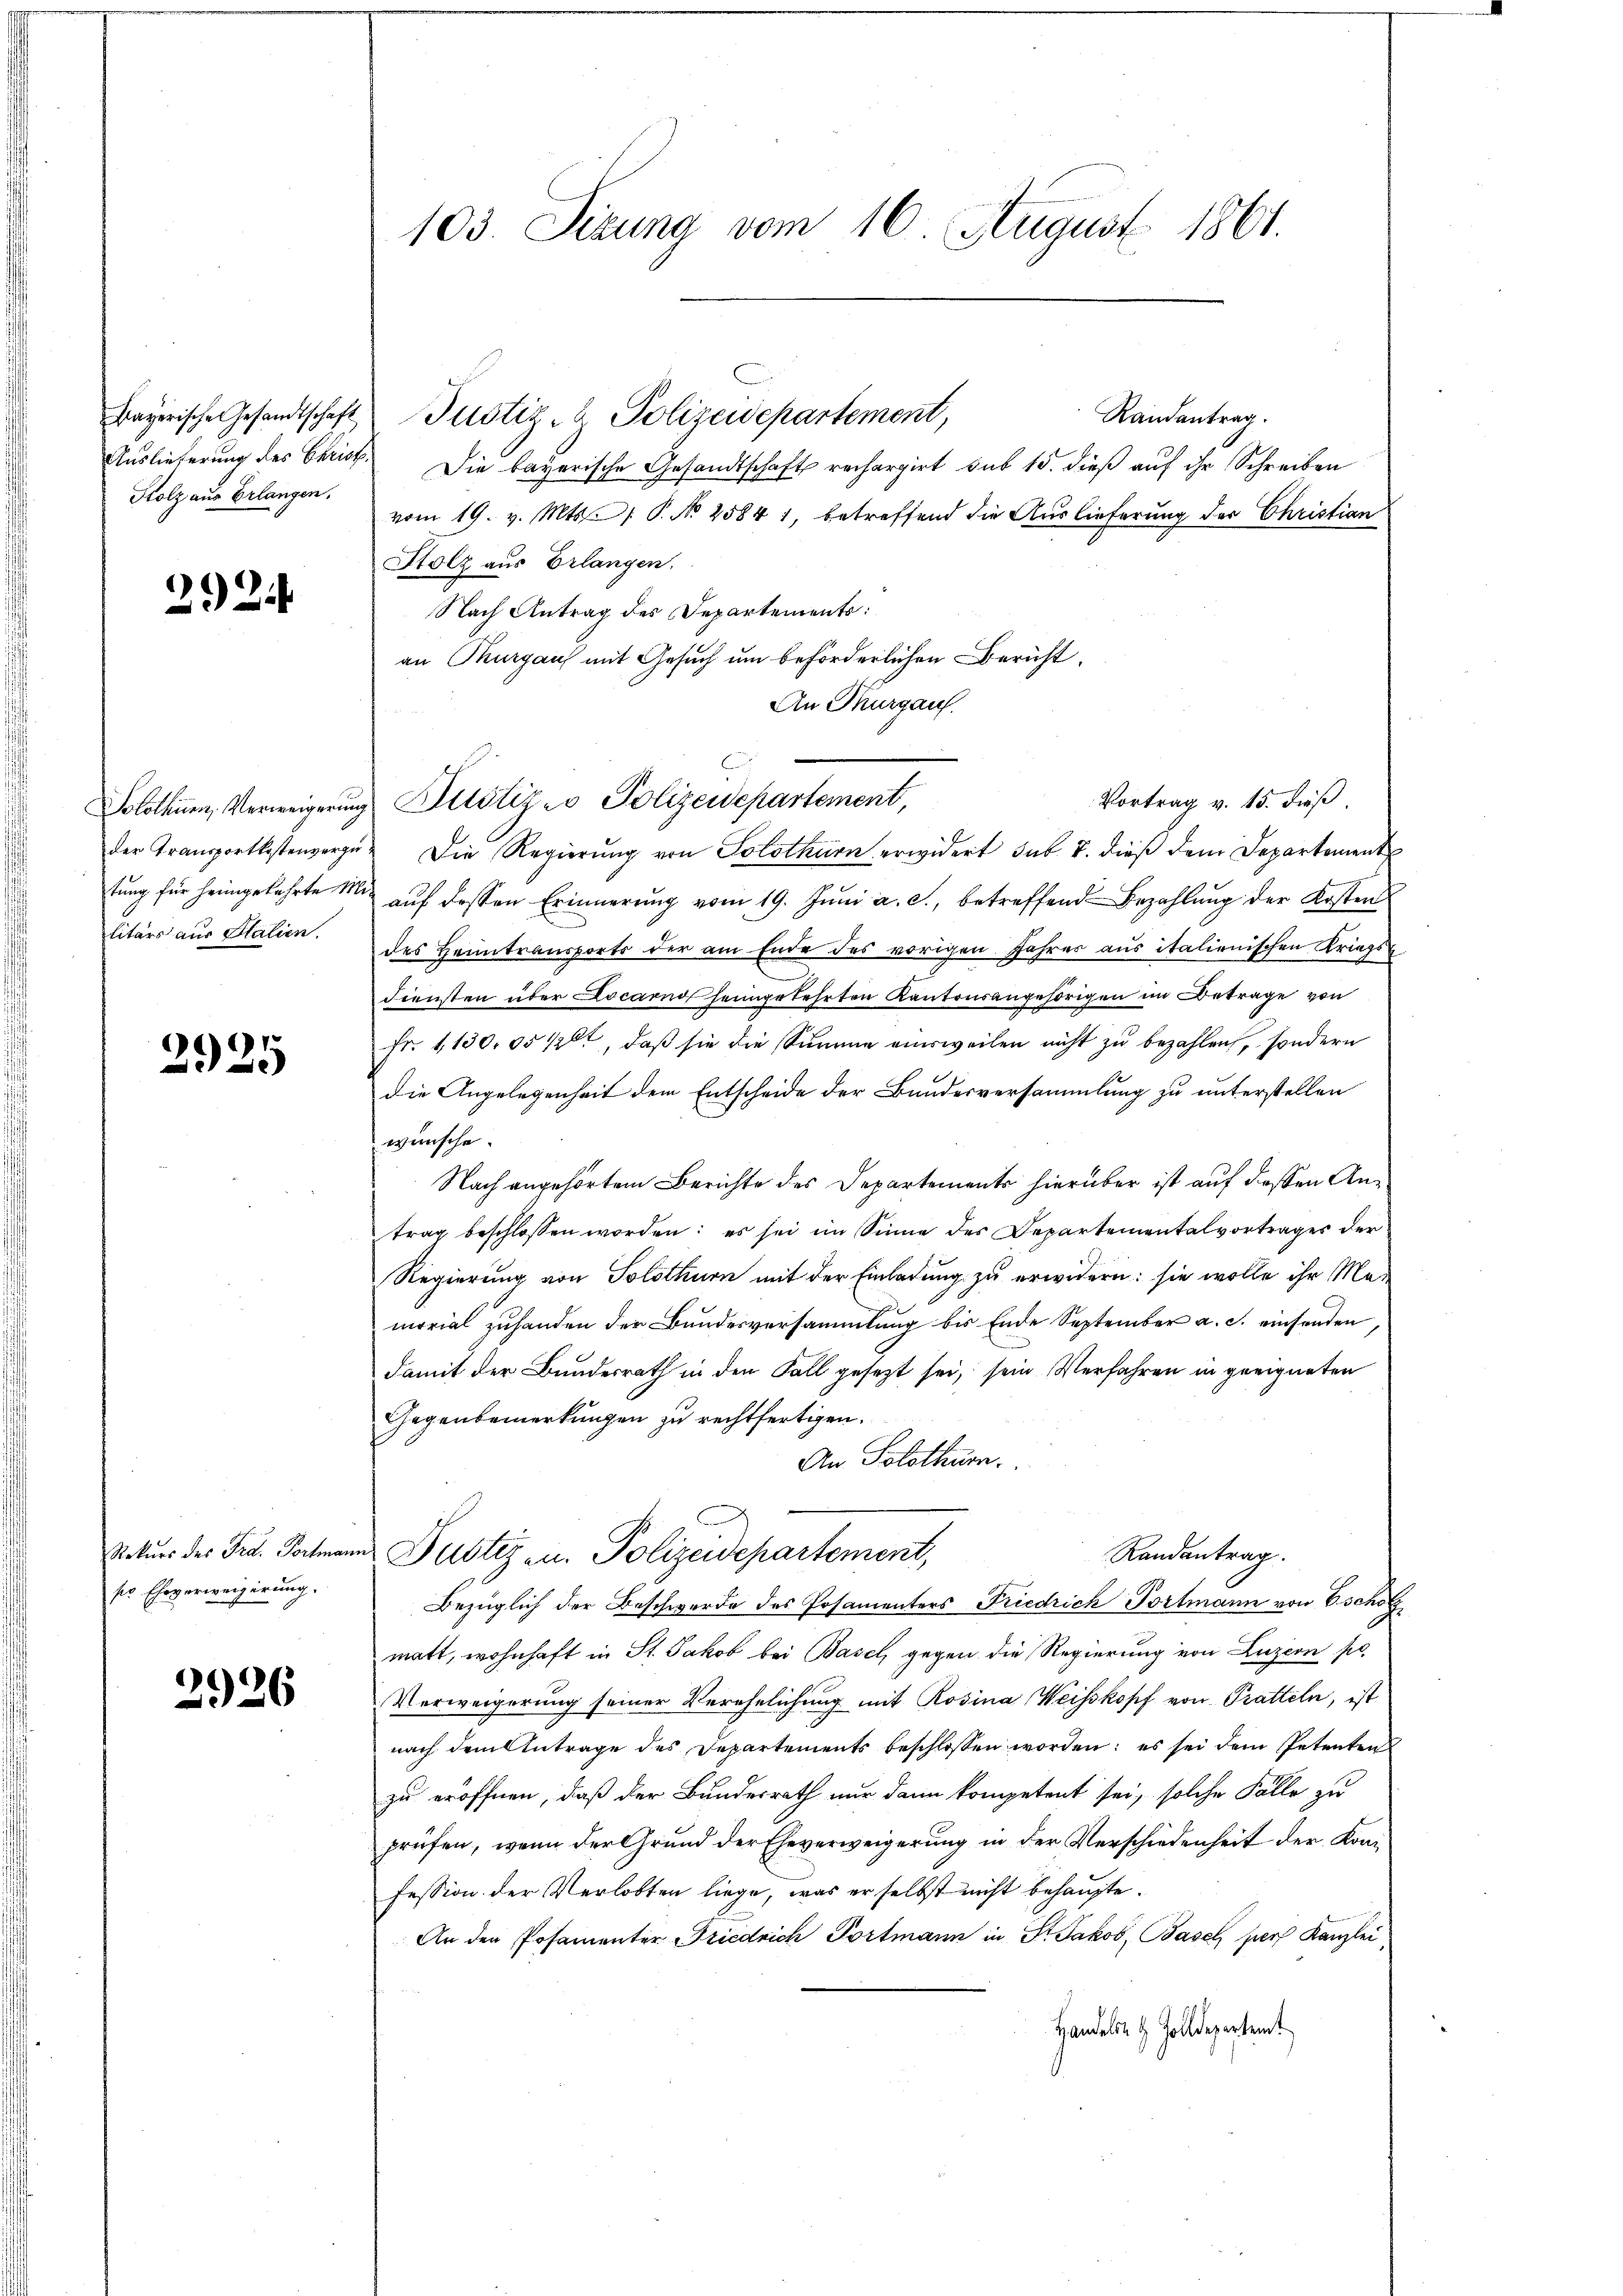
Auslieferung des Christ¬
Stolz aus Erlangen.

292.

litärs aus Salien.

¬
2925

ser Eheverweigerung.

2926

103. Sizung vom 16. August 1861.

bayerische Gesandtschaft Pustiz- & Polizeidepartement,
Die bayerische Gesandtschaft rechargirt sub 15. dieß auf ihr Schreiben
vom 19. v. Mts.   P. No 25841, betreffend die Auslieferung der Christian
Stolz aus Erlangen.
Nach Antrag des Departements:
an Murgaus mit Gesuch um beförderlichen Bericht.
An Thurgau.
Vortrag v. 15. dieß
Solothurn, Verweigerŭng Bitstiz- & Polizeidepartement,
der Transportkostenverzü- Die Regierŭng von Solothurn erwidert sub. 7. diese dem Departement
tung für heimgekehrte  aŭf dessen Erinnerung vom 19. Jŭni a. c., betreffend Bezahlung der Kosten
des Heimtransports der am Ende des vorigen Jahres aus italienischen Kriegs-
Diensten über Locarno heimgekehrten Kantonsangehörigen im Betrage von
Fr. 1130. 05 /2t, daß sie die Summe einsweilen nicht zu bezahlen, sondern
die Angelegenheit dem Entscheide der Bundesversammlung zu unterstellen
 wünsche.
Nach angehörtem Berichte des Departements hierüber ist auf dessen Antrag beschlossen worden: es sei im Sinne des Departementalvortrages der
Regierung von Solothurn mit der Einladung zu erwidern: sie wolle ihr Mamorial zuhanden der Bundesversammlung bis Ende September a. c. einsenden
damit der Bundesrath in den Fall gesezt sei, sein Verfahren in geeigneten
Gegenbemerkungen zu rechtfertigen.
An Solothurn.
Randantrag.
Rekurs der Fra. Portmanns Justiz zu. Polizeidepartement,
Bezüglich der Beschwerde des Posamenters Friedrich Portmann von Eschof
matt, wohnhaft in St. Jakob bei Basel, gegen die Regierung von Luzern po
Verweigerung seiner Verehelichung mit Rosina Weisskopf von Pratteln, ist
nach dem Antrage des Departements beschlossen worden; es sei dem Petenten
zu eröffnen, daß der Bundesrath nur dann kompetent sei, solche Fälle zu
prüfen, wenn der Grŭnd der Eheverweigerŭng in der Verschiedenheit der Koni
fession der Verlobten liege, was er selbst nicht behaupte.
An den Posamenter Friedrich Portmann in St. Jakob, Basch pers Kanzlei
Handeln 4 Zolldepartemt

Randantrag.